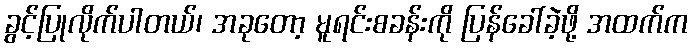
ခွင့်ပြုလိုက်ပါတယ်၊ အခုတော့ မူရင်းစခန်းကို ပြန်ခေါ်ခဲ့ဖို့ အထက်က